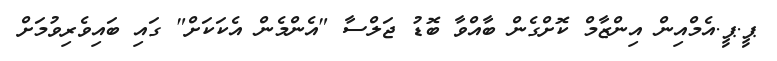
ޕީ.ޕީ.އެމްއިން އިންޒާމް ކޮށްގެން ބާއްވާ ބޮޑު ޖަލްސާ "އެންމެން އެކަކަށް" ގައި ބައިވެރިވުމަށް